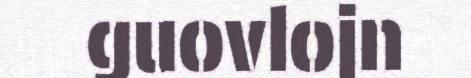
guovlojn